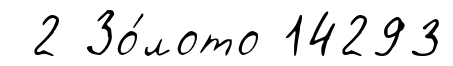
2 Зо́лото 14293